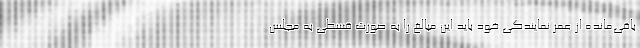
باقی‌مانده از عمر نمایندگی خود باید این مبالغ را به صورت قسطی به مجلس